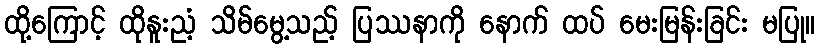
ထို့ကြောင့် ထိုနူးညံ့ သိမ်မွေ့သည့် ပြဿနာကို နောက် ထပ် မေးမြန်းခြင်း မပြု။